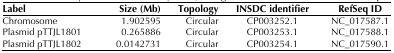
| Label | Size (Mb) | Topology | INSDC identifier | RefSeq ID |
 | --- | --- | --- | --- | --- |
 | Chromosome | 1.902595 | Circular | CP003252.1 | NC_017587.1 |
 | Plasmid pTTJL1801 | 0.265886 | Circular | CP003253.1 | NC_017588.1 |
 | Plasmid pTTJL1802 | 0.0142731 | Circular | CP003254.1 | NC_017590.1 |